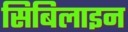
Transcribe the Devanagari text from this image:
सिबिलाइन